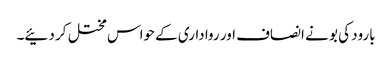
بارود کی بو نے انصاف اور رواداری کے حواس مختل کر دئیے۔